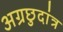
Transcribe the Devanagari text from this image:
अग्रछुदांत्र